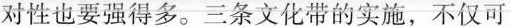
对性也要强得多。三条文化带的实施，不仅可